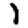
Digit: 1